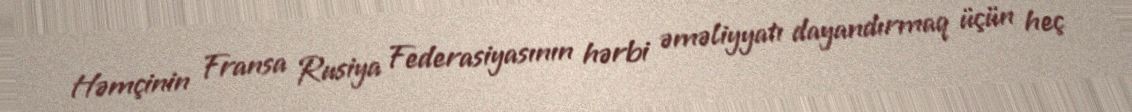
Həmçinin Fransa Rusiya Federasiyasının hərbi əməliyyatı dayandırmaq üçün heç